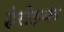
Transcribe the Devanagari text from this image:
हेरोइक